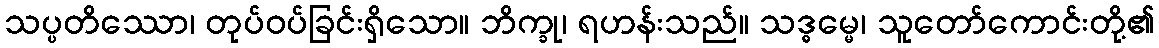
သပ္ပတိဿော၊ တုပ်ဝပ်ခြင်းရှိသော။ ဘိက္ခု၊ ရဟန်းသည်။ သဒ္ဓမ္မေ၊ သူတော်ကောင်းတို့၏